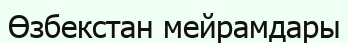
Өзбекстан мейрамдары